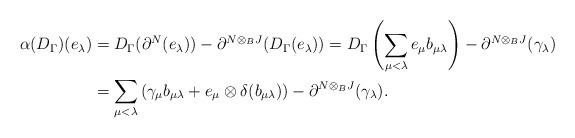
LaTeX: \begin{align*}\alpha(D_{\Gamma})(e_\lambda)& = D_{\Gamma}(\partial^N(e_\lambda)) - \partial^{N\otimes_B J} (D_{\Gamma}(e_\lambda)) = D_\Gamma\left(\sum_{\mu< \lambda}e_{\mu}b_{\mu\lambda}\right) - \partial^{N\otimes_B J}(\gamma_\lambda)\\& = \sum_{\mu<\lambda}\left(\gamma_{\mu}b_{\mu\lambda}+e_{\mu}\otimes \delta(b_{\mu\lambda})\right) - \partial^{N\otimes_B J}(\gamma_\lambda).\end{align*}